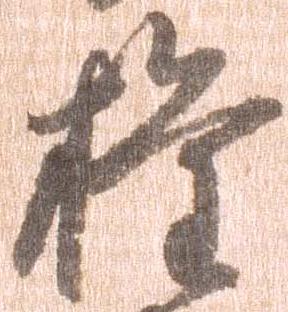
権